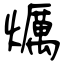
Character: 爄